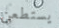
يستطعن